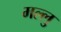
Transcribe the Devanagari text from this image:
मल्लु